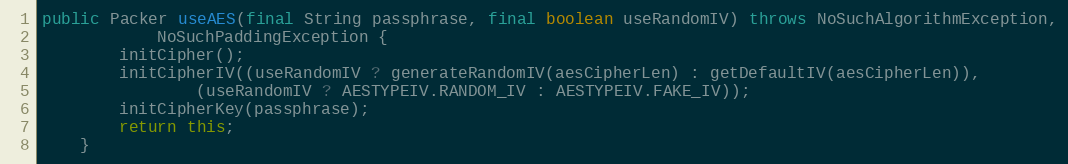
Language: Java
public Packer useAES(final String passphrase, final boolean useRandomIV) throws NoSuchAlgorithmException,
			NoSuchPaddingException {
		initCipher();
		initCipherIV((useRandomIV ? generateRandomIV(aesCipherLen) : getDefaultIV(aesCipherLen)),
				(useRandomIV ? AESTYPEIV.RANDOM_IV : AESTYPEIV.FAKE_IV));
		initCipherKey(passphrase);
		return this;
	}